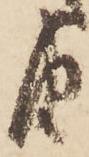
由